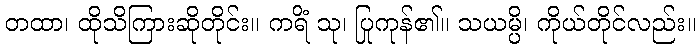
တထာ၊ ထိုသိကြားဆိုတိုင်း။ ကရိံ သု၊ ပြုကုန်၏။ သယမ္ပိ၊ ကိုယ်တိုင်လည်း။